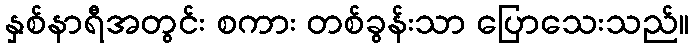
နှစ်နာရီအတွင်း စကား တစ်ခွန်းသာ ပြောသေးသည်။